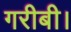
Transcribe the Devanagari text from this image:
गरीबी।